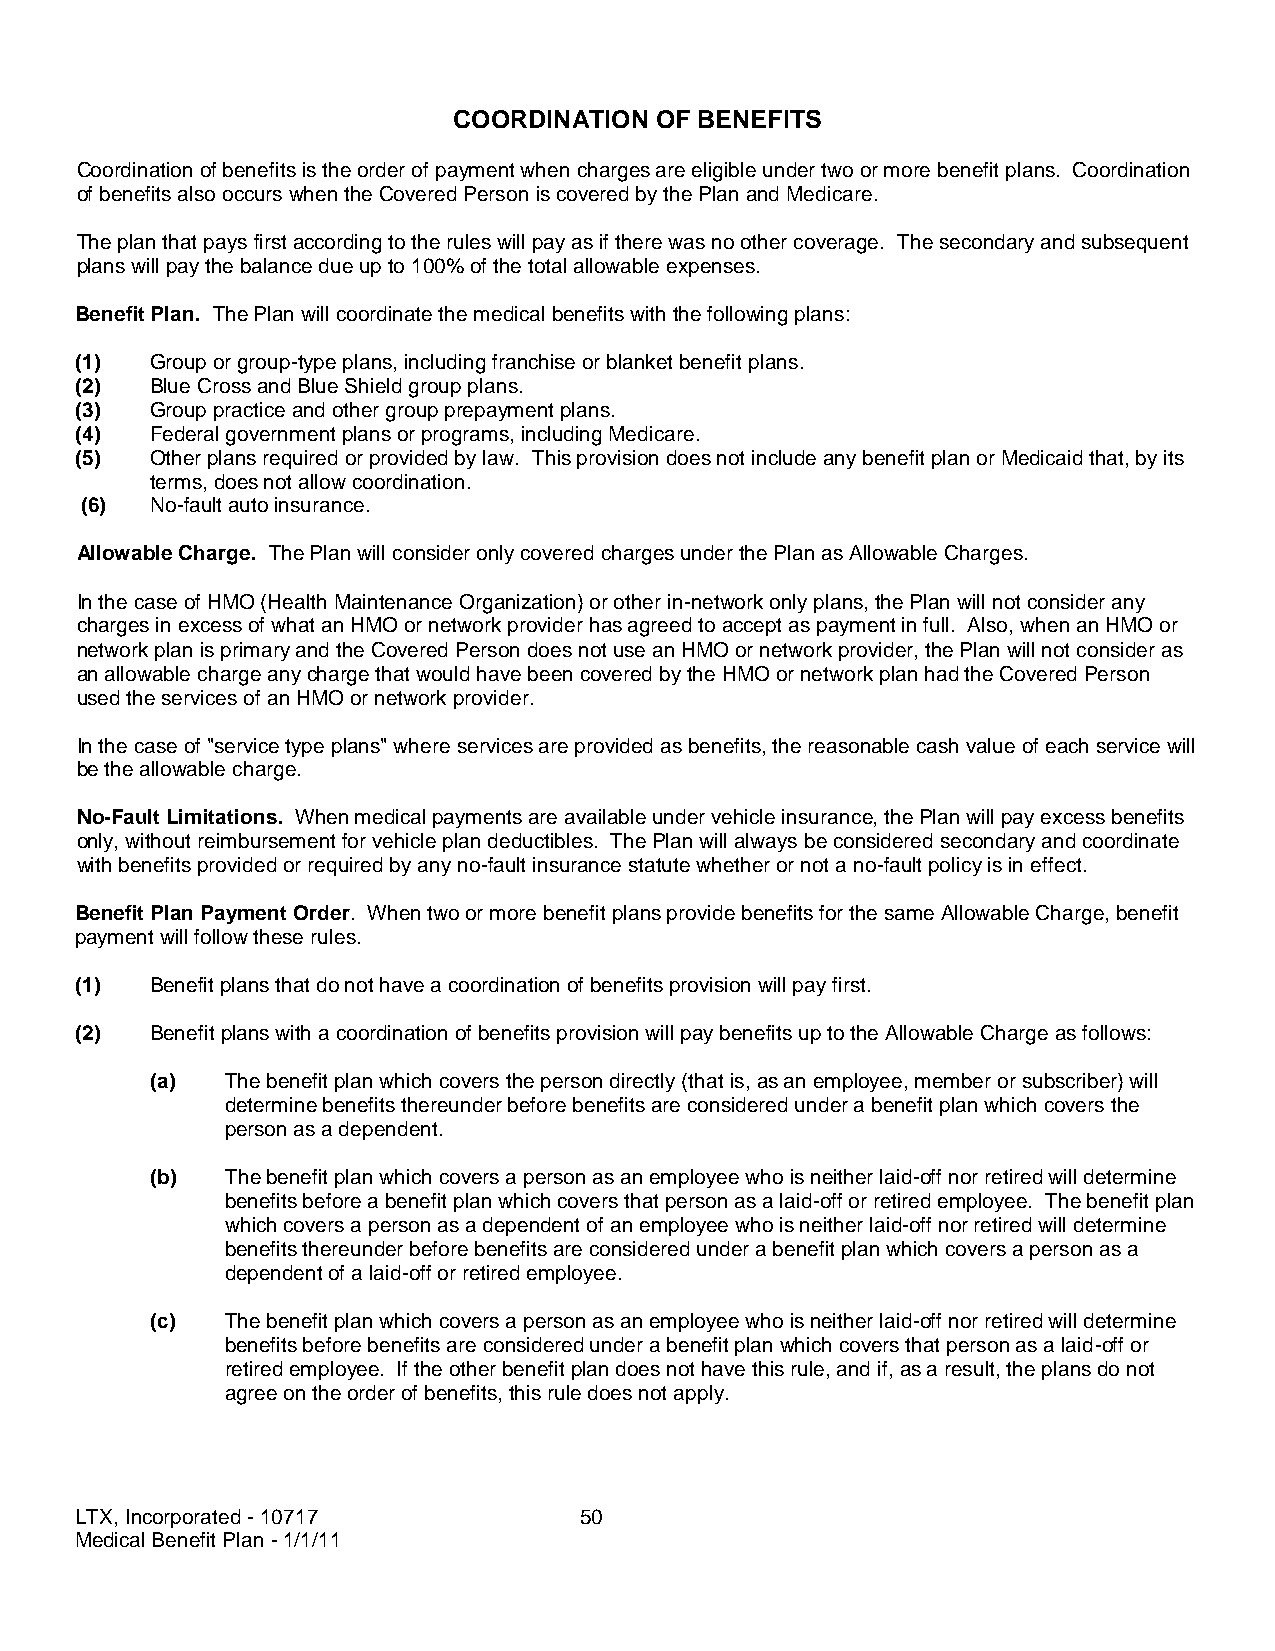
COORDINATION OF BENEFITS
 Coordination of benefits is the order of payment when charges are eligible under two or more benefit plans. Coordination
 of benefits also occurs when the Covered Person is covered by the Plan and Medicare.
 The plan that pays first according to the rules will pay as if there was no other coverage. The secondary and subsequent
 plans will pay the balance due up to 100% of the total allowable expenses.
 Benefit Plan. The Plan will coordinate the medical benefits with the following plans:
 (1)  Group or group-type plans, including franchise or blanket benefit plans.
 (2)  Blue Cross and Blue Shield group plans.
 (3)  Group practice and other group prepayment plans.
 (4)  Federal government plans or programs, including Medicare.
 (5)  Other plans required or provided by law. This provision does not include any benefit plan or Medicaid that, by its
 terms, does not allow coordination.
 (6)  No-fault auto insurance.
 Allowable Charge. The Plan will consider only covered charges under the Plan as Allowable Charges.
 In the case of HMO (Health Maintenance Organization) or other in-network only plans, the Plan will not consider any
 charges in excess of what an HMO or network provider has agreed to accept as payment in full. Also, when an HMO or
 network plan is primary and the Covered Person does not use an HMO or network provider, the Plan will not consider as
 an allowable charge any charge that would have been covered by the HMO or network plan had the Covered Person
 used the services of an HMO or network provider.
 In the case of "service type plans" where services are provided as benefits, the reasonable cash value of each service will
 be the allowable charge.
 No-Fault Limitations. When medical payments are available under vehicle insurance, the Plan will pay excess benefits
 only, without reimbursement for vehicle plan deductibles. The Plan will always be considered secondary and coordinate
 with benefits provided or required by any no-fault insurance statute whether or not a no-fault policy is in effect.
 Benefit Plan Payment Order. When two or more benefit plans provide benefits for the same Allowable Charge, benefit
 payment will follow these rules.
 (1)  Benefit plans that do not have a coordination of benefits provision will pay first.
 (2)  Benefit plans with a coordination of benefits provision will pay benefits up to the Allowable Charge as follows:
 (a)  The benefit plan which covers the person directly (that is, as an employee, member or subscriber) will
 determine benefits thereunder before benefits are considered under a benefit plan which covers the
 person as a dependent.
 (b)  The benefit plan which covers a person as an employee who is neither laid-off nor retired will determine
 benefits before a benefit plan which covers that person as a laid-off or retired employee. The benefit plan
 which covers a person as a dependent of an employee who is neither laid-off nor retired will determine
 benefits thereunder before benefits are considered under a benefit plan which covers a person as a
 dependent of a laid-off or retired employee.
 (c)  The benefit plan which covers a person as an employee who is neither laid-off nor retired will determine
 benefits before benefits are considered under a benefit plan which covers that person as a laid-off or
 retired employee. If the other benefit plan does not have this rule, and if, as a result, the plans do not
 agree on the order of benefits, this rule does not apply.
 LTX, Incorporated - 10717        50
 Medical Benefit Plan - 1/1/11